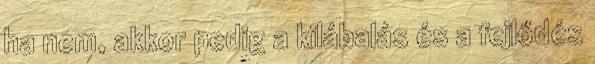
ha nem, akkor pedig a kilábalás és a fejlődés